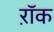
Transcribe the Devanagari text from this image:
ऱॉक